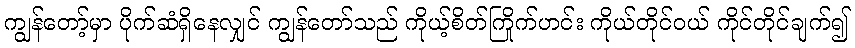
ကျွန်တော့်မှာ ပိုက်ဆံရှိနေလျှင် ကျွန်တော်သည် ကိုယ့်စိတ်ကြိုက်ဟင်း ကိုယ်တိုင်ဝယ် ကိုင်တိုင်ချက်၍